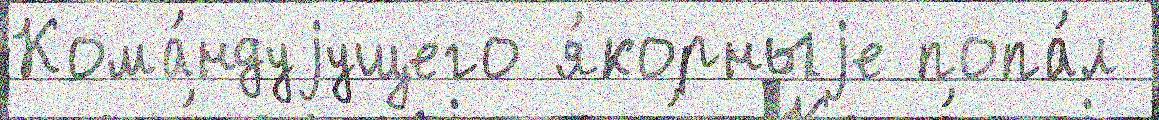
Кома́ндуjущего я́корныjе попа́л